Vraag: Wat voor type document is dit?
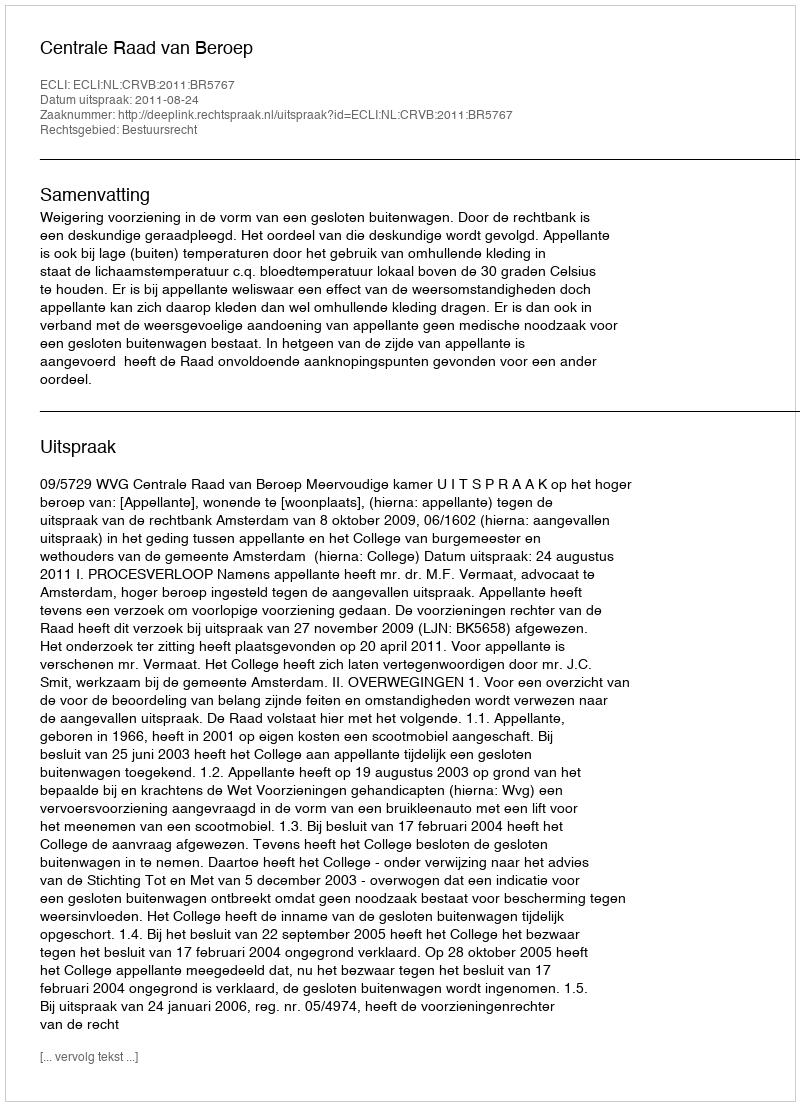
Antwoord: Uitspraak